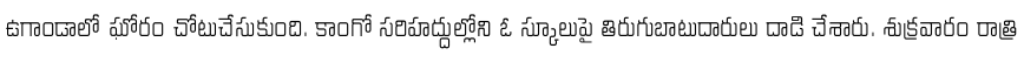
ఉగాండాలో ఘోరం చోటుచేసుకుంది. కాంగో సరిహద్దుల్లోని ఓ స్కూలుపై తిరుగుబాటుదారులు దాడి చేశారు. శుక్రవారం రాత్రి